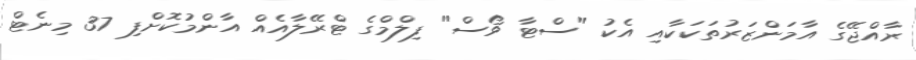
ރާއްޖޭގެ އާމަންޒަރުތަކަކާއި އެކު "ސްޓާ ވޯސް" ފިލްމްގެ ޓްރޭލާއެއް އާންމުކޮށްފި 37 މިނެޓް